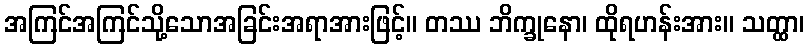
အကြင်အကြင်သို့သောအခြင်းအရာအားဖြင့်။ တဿ ဘိက္ခုနော၊ ထိုရဟန်းအား။ သတ္ထာ၊